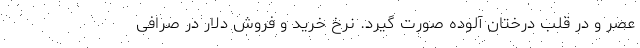
عصر و در قلب درختان آلوده صورت گیرد. نرخ خرید و فروش دلار در صرافی